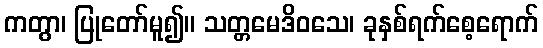
ကတွာ၊ ပြုတော်မူ၍။ သတ္တမေဒိဝသေ၊ ခုနှစ်ရက်စေ့ရောက်